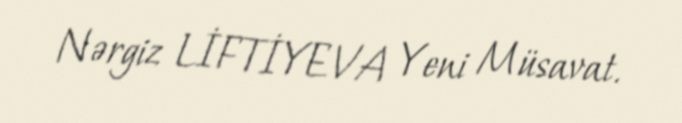
Nərgiz LİFTİYEVA Yeni Müsavat.